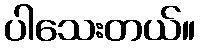
ပါသေးတယ်။